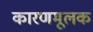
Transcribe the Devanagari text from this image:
कारणमूलक